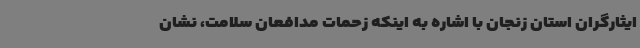
ایثارگران استان زنجان با اشاره به اینکه زحمات مدافعان سلامت، نشان